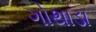
ગોથાડા